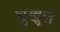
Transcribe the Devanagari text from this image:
चुखुल